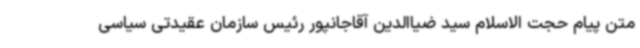
متن پیام حجت الاسلام سید ضیاالدین آقاجانپور رئیس سازمان عقیدتی سیاسی